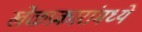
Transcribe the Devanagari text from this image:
खेळप्रकारांमध्ये